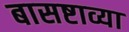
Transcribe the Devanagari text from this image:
बासष्टाव्या